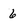
Character: 6